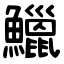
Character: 鱲